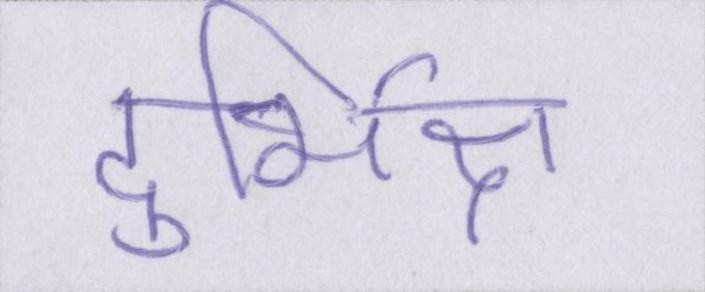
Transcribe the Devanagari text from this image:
दुर्भिक्ष